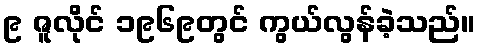
၉ ဇူလိုင် ၁၉၆၉တွင် ကွယ်လွန်ခဲ့သည်။